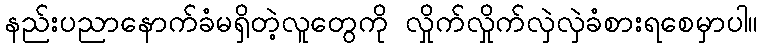
နည်းပညာနောက်ခံမရှိတဲ့လူတွေကို လှိုက်လှိုက်လှဲလှဲခံစားရစေမှာပါ။